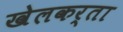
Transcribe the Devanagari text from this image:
खेलकर्ता